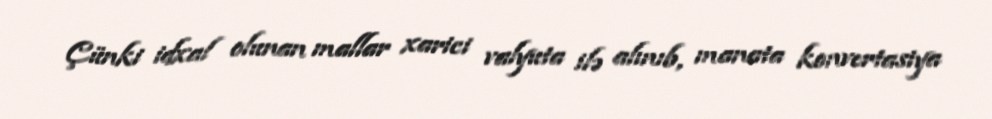
Çünki idxal olunan mallar xarici valyuta ilə alınıb, manata konvertasiya